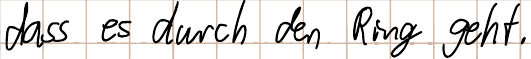
dass es durch den Ring geht.